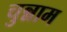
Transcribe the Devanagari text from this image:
चुन्नाम